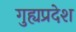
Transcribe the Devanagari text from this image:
गुह्यप्रदेश